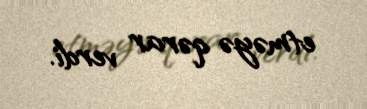
etməyə qərar verdi.